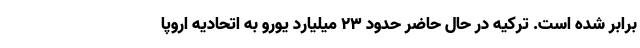
برابر شده است. ترکیه در حال حاضر حدود ۲۳ میلیارد یورو به اتحادیه اروپا